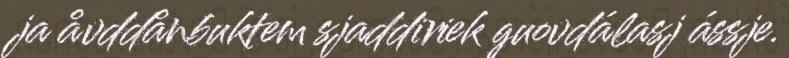
ja åvddånbuktem sjaddiriek guovdálasj ássje.